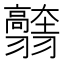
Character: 𦒭